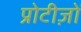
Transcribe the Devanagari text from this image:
प्रोटीज़ों